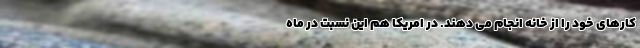
کارهای خود را از خانه انجام می دهند. در امریکا هم این نسبت در ماه